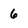
Character: 6